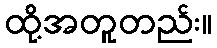
ထို့အတူတည်း။